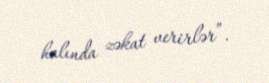
halında zəkat verirlər”.